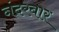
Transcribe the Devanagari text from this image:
नंदरबार